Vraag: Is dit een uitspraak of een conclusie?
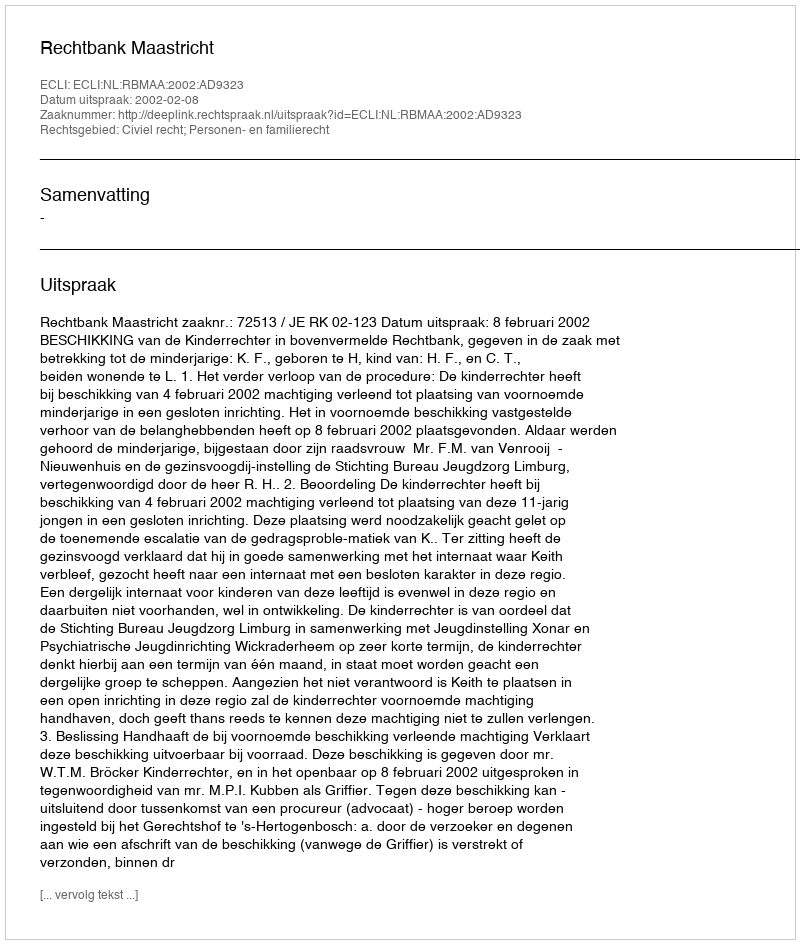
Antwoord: Uitspraak